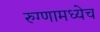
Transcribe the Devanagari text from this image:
रुग्णामध्येच